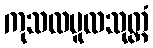
ကုသလမူလသုတ္တံ